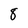
Character: 8